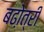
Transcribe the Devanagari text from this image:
बढो़त्री